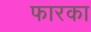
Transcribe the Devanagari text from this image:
फारका